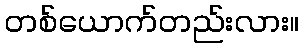
တစ်ယောက်တည်းလား။